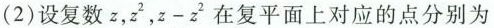
(2) 设复数z，z ^ { 2 }，$$z - z ^ { 2 }$$ 在复平面上对应的点分别为